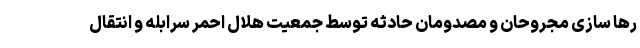
رها سازی مجروحان و مصدومان حادثه توسط جمعیت هلال احمر سرابله و انتقال